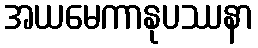
အယမေကာနုပဿနာ